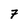
Character: 7